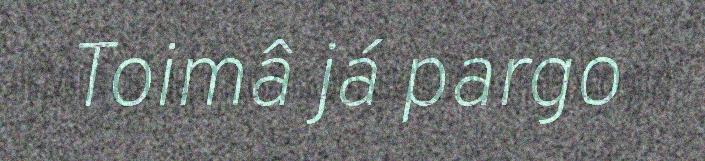
Toimâ já pargo